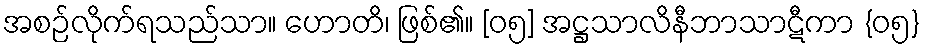
အစဉ်လိုက်ရသည်သာ။ ဟောတိ၊ ဖြစ်၏။ [၀၅] အဋ္ဌသာလိနီဘာသာဋီကာ {၀၅}